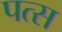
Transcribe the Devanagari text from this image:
पत्स